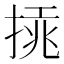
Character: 𢰫